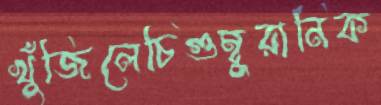
খুঁজিলেচিগুম্বুরানিক